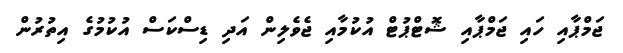
ޖަމްޕާއި ހައި ޖަމްޕާއި ޝޮޓްޕުޓް އުކުމާއި ޖެވެލިން އަދި ޑިސްކަސް އުކުމުގެ އިތުރުން